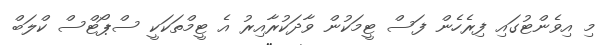
މި އިވެންޓުގައި ފިރެހެން ފަސް ޓީމަކުން ވާދަކުރާއިރު އެ ޓީމްތަކަކީ ސްޕޯޓްސް ކްލަބް